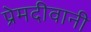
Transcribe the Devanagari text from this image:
प्रेमदीवानी